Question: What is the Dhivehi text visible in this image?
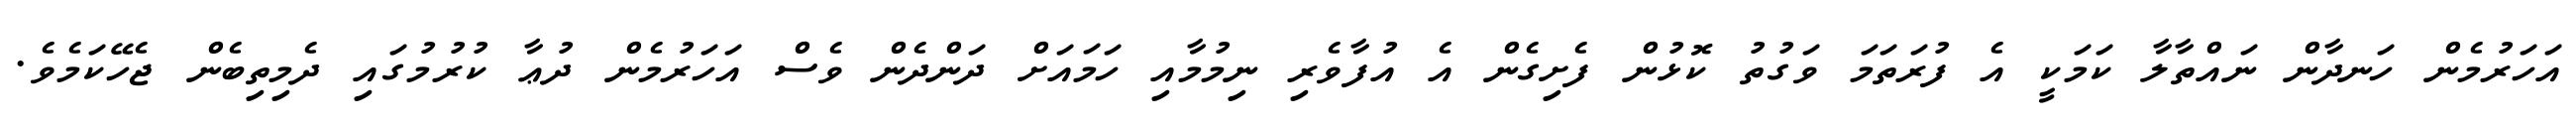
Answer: އަހަރުމެން ހަނދާން ނައްތާލާ ކަމަކީ އެ ފުރަތަމަ ވަގުތު ކޮޅުން ފެށިގެން އެ އުފާވެރި ނިމުމާއި ހަމައަށް ދަންދެން ވެސް އަހަރުމެން ދުޢާ ކުރުމުގައި ދެމިތިބެން ޖެހޭކަމެވެ.